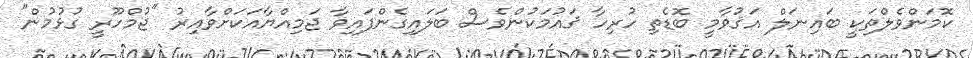
ކޮމަންވެލްތަކީ ބައިނަލް އަޤުވާމީ ބޮޑެތި ހުރިހާ ޤައުމަކުންވެސް ބަލައިގެންފައިވާ ޖަމިއްޔާއަކަށްވާއިރު "ޖުމްހޫރީ ގުޅުމުން"